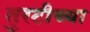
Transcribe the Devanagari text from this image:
तुरटीच्या